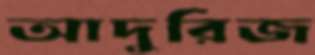
আদুরিজ